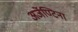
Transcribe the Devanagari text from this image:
अर्जेण्टिना